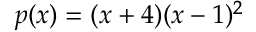
p ( x ) = ( x + 4 ) ( x - 1 ) ^ { 2 }